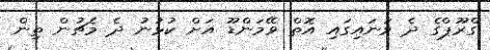
ގްރޫޕްގެ ދެ ވަނައިގައި އޮތް ވޭމަންޑޫ އަށް ކުޅުނު ދެ މެޗުން ތިން